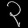
Digit: ၃